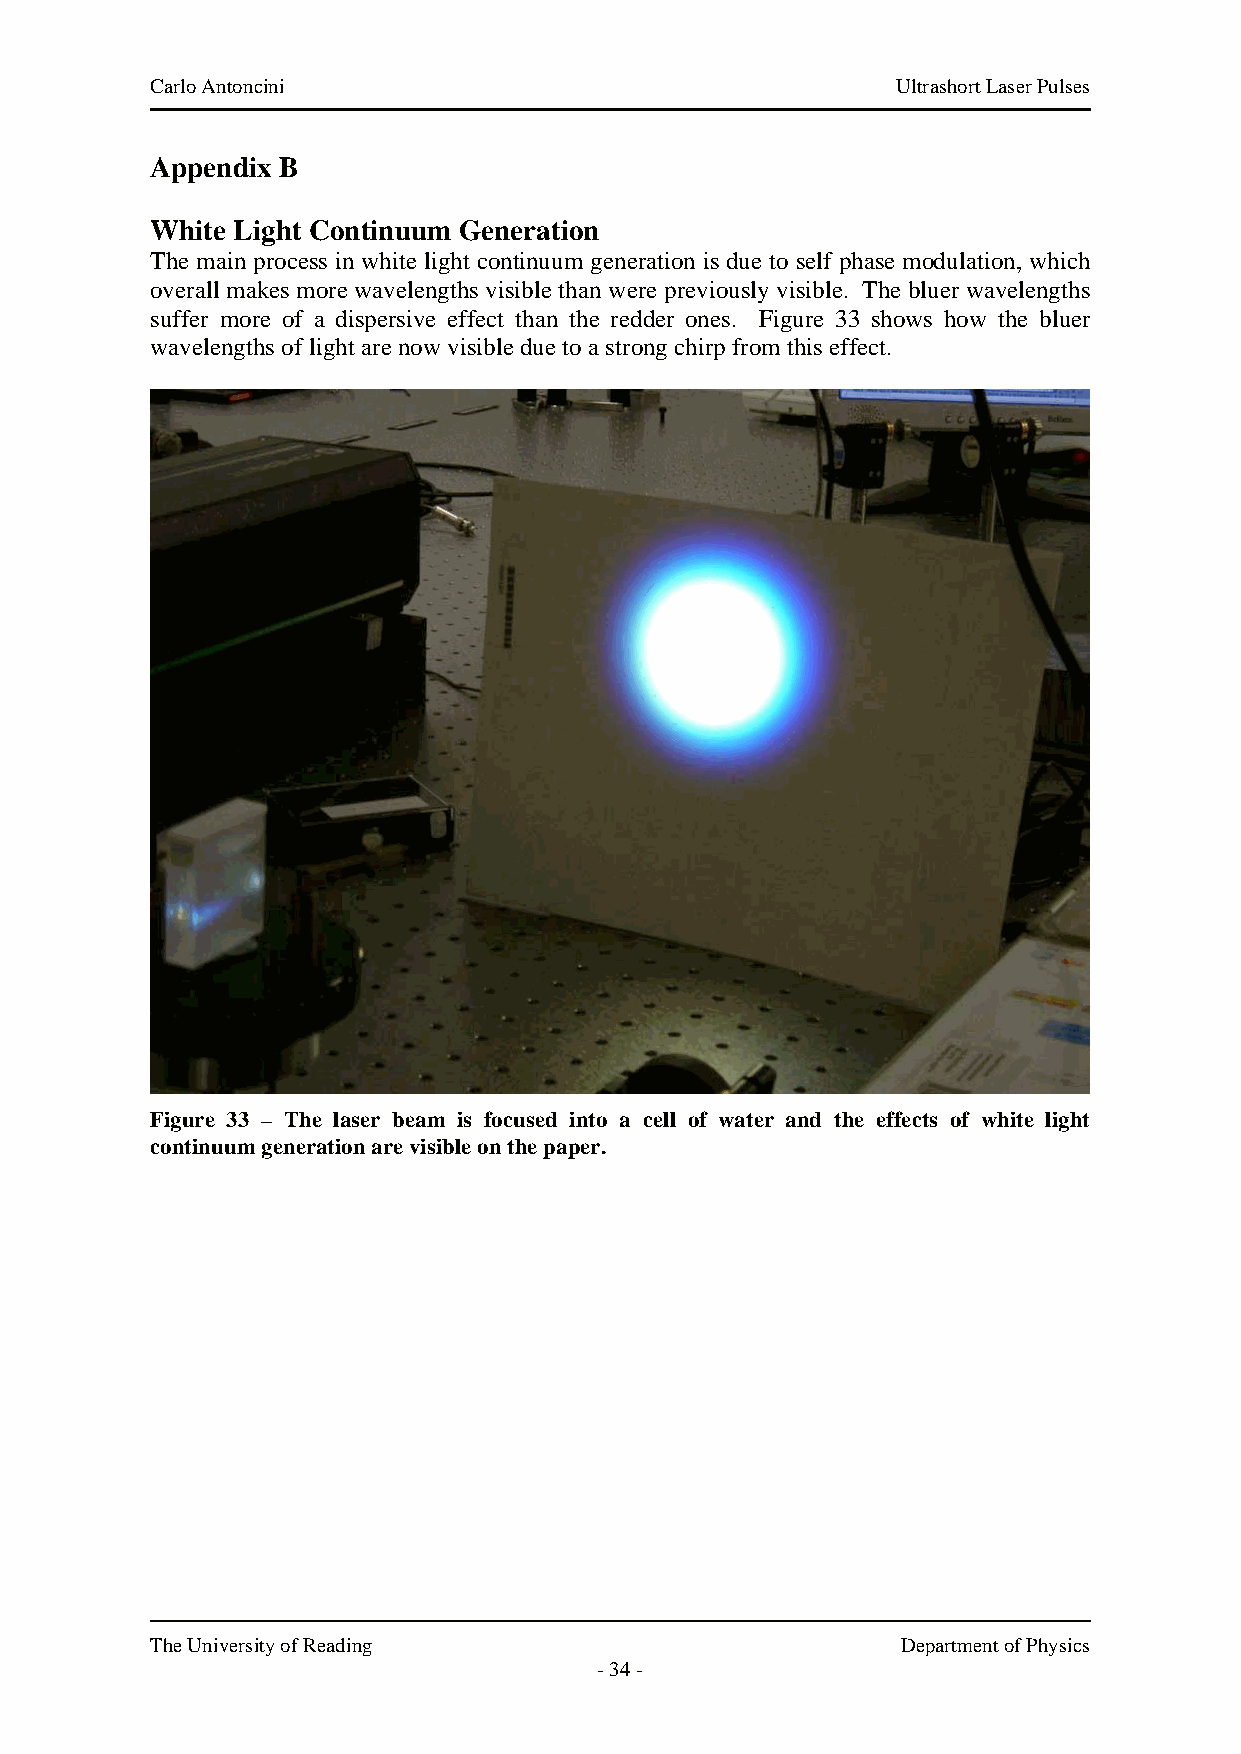
Carlo Antoncini                                  Ultrashort Laser Pulses
 Appendix B
 White Light Continuum Generation
 The main process in white light continuum generation is due to self phase modulation, which
 overall makes more wavelengths visible than were previously visible. The bluer wavelengths
 suffer more of a dispersive effect than the redder ones. Figure 33 shows how the bluer
 wavelengths of light are now visible due to a strong chirp from this effect.
 Figure 33 – The laser beam is focused into a cell of water and the effects of white light
 continuum generation are visible on the paper.
 The University of Reading                         Department of Physics
 - 34 -